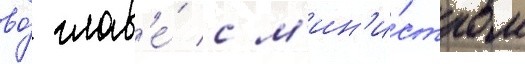
во́ глав'е́ с м'ин'и́стром